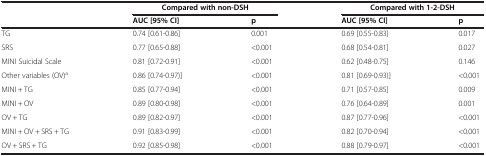
<table><thead><tr><td><b> </b></td><td colspan="2"><b>Compared with non-DSH</b></td><td colspan="2"><b>Compared with 1-2-DSH</b></td></tr><tr><td><b> </b></td><td><b>AUC [95% CI]</b></td><td><b>p</b></td><td><b>AUC [95% CI]</b></td><td><b>p</b></td></tr></thead><tbody><tr><td>TG</td><td>0.74 [0.61-0.86]</td><td>0.001</td><td>0.69 [0.55-0.83]</td><td>0.017</td></tr><tr><td>SRS</td><td>0.77 [0.65-0.88]</td><td>&lt;0.001</td><td>0.68 [0.54-0.81]</td><td>0.027</td></tr><tr><td>MINI Suicidal Scale</td><td>0.81 [0.72-0.91]</td><td>&lt;0.001</td><td>0.62 [0.48-0.75]</td><td>0.146</td></tr><tr><td>Other variables (OV)<sup>a</sup></td><td>0.86 [0.74-0.97)]</td><td>&lt;0.001</td><td>0.81 [0.69-0.93)]</td><td>&lt;0.001</td></tr><tr><td>MINI + TG</td><td>0.85 [0.77-0.94]</td><td>&lt;0.001</td><td>0.71 [0.57-0.85]</td><td>0.009</td></tr><tr><td>MINI + OV</td><td>0.89 [0.80-0.98]</td><td>&lt;0.001</td><td>0.76 [0.64-0.89]</td><td>0.001</td></tr><tr><td>OV + TG</td><td>0.89 [0.82-0.97]</td><td>&lt;0.001</td><td>0.87 [0.77-0.96]</td><td>&lt;0.001</td></tr><tr><td>MINI + OV + SRS + TG</td><td>0.91 [0.83-0.99]</td><td>&lt;0.001</td><td>0.82 [0.70-0.94]</td><td>&lt;0.001</td></tr><tr><td>OV + SRS + TG</td><td>0.92 [0.85-0.98]</td><td>&lt;0.001</td><td>0.88 [0.79-0.97]</td><td>&lt;0.001</td></tr></tbody></table>